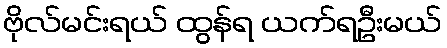
ဗိုလ်မင်းရယ် ထွန်ရ ယက်ရဦးမယ်